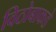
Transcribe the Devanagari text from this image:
विठोबाकडे